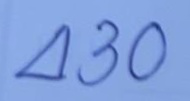
430